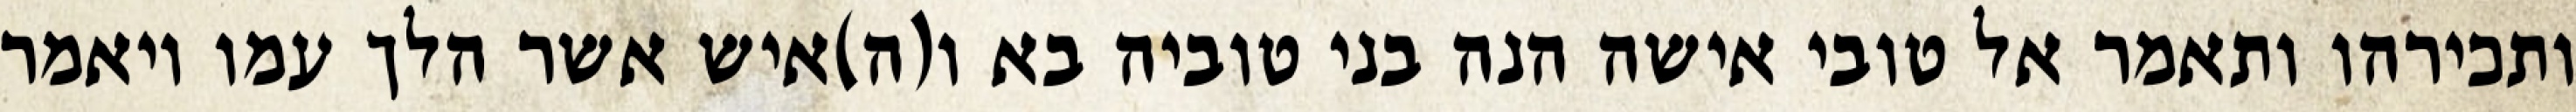
ותכירהו ותאמר אל טובי אישה הנה בני טוביה בא ו(ה)איש אשר הלך עמו ויאמר